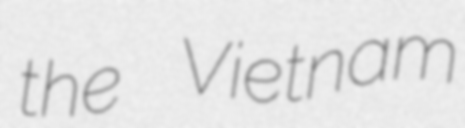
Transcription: the Vietnam